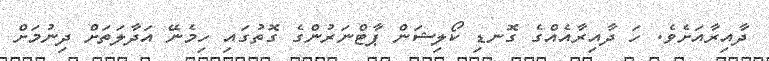
ދާއިރާއަށެވެ. ހަ ދާއިރާއެއްގެ ގޮނޑި ކޯލިޝަން ޕާޓްނަރުންގެ ގޮތުގައި ހިމެނޭ އަދާލަތަށް ދިނުމަށް